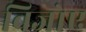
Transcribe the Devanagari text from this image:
बिजोए